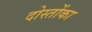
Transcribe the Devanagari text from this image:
दोस्तोंका